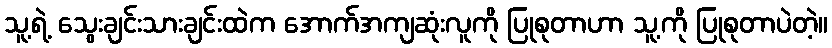
သူ့ရဲ့ သွေးချင်းသားချင်းထဲက အောက်အကျဆုံးလူကို ပြုစုတာဟာ သူ့ကို ပြုစုတာပဲတဲ့။